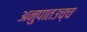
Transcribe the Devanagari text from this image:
अनुपातउच्च